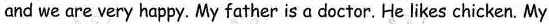
and we are very happy. My father is a doctor. He likes chicken. My